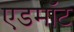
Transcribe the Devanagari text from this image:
एडमॉट